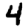
Digit: 4